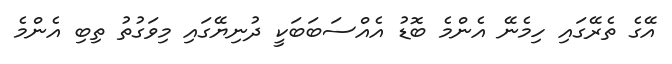
އޭގެ ތެރޭގައި ހިމެނޭ އެންމެ ބޮޑު އެއްސަބަބަކީ ދުނިޔޭގައި މިވަގުތު ތިބި އެންމެ